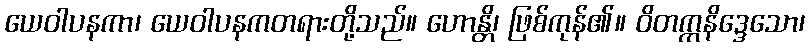
ယေဝါပနကာ၊ ယေဝါပနကတရားတို့သည်။ ဟောန္တိ၊ ဖြစ်ကုန်၏။ ဝိတက္ကနိဒ္ဒေသော၊